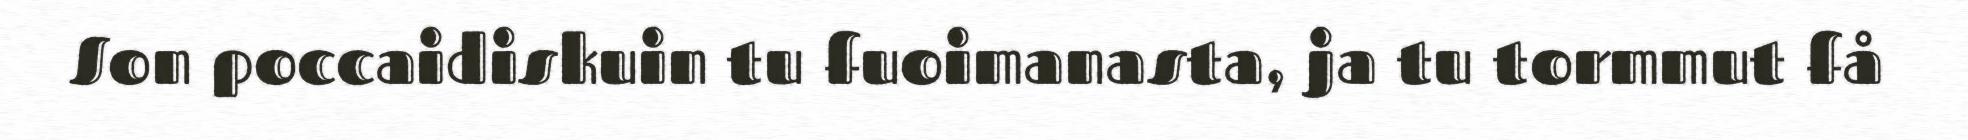
Son poccaidiskuin tu fuoimanasta, ja tu tormmut få